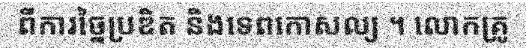
ពីការច្នៃប្រឌិត និងទេពកោសល្យ ។ លោកគ្រូ